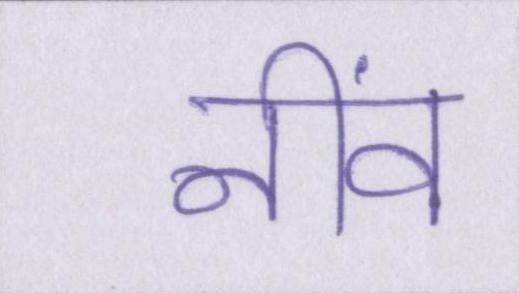
नींव